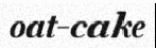
oat-cake